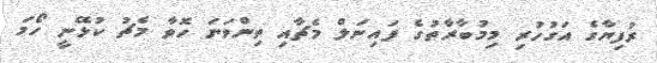
ރުފިޔާގެ އަގުހުރި މިމުބާރާތުގެ ފައިނަލް މެޗާއި ތިންވަނަ ހޮވާ މެޗު ކުޅޭނީ ހޯމަ